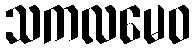
သကလမေဝ